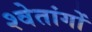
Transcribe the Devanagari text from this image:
श्वेतांगों